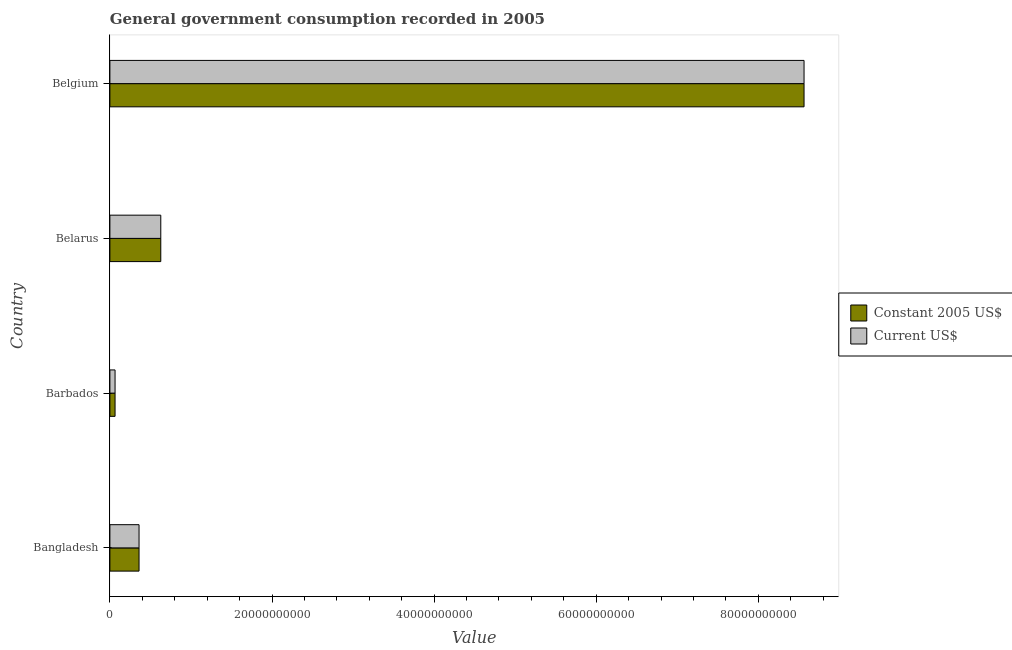
| Country | Constant 2005 US$ | Current US$ |
 | --- | --- | --- |
 | Bangladesh | 3.6e+09 | 3.6e+09 |
 | Barbados | 6.38e+08 | 6.38e+08 |
 | Belarus | 6.28e+09 | 6.28e+09 |
 | Belgium | 8.56e+10 | 8.56e+10 |